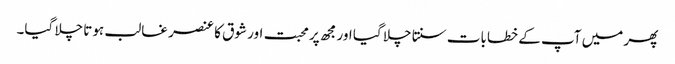
پھر میں آپ کے خطابات سنتا چلا گیا اور مجھ پر محبت اور شوق کا عنصر غالب ہوتا چلا گیا۔